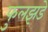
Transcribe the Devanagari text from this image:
फुलझडे